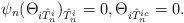
LaTeX: \begin{align*}\psi_n(\Theta_{i \hat{T}_n^i})_{\hat{T}_n^i} = 0,\Theta_{i \hat{T}_n^{ic}} = 0.\end{align*}